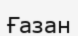
Ғазан